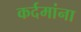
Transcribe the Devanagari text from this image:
कर्दमांना